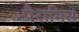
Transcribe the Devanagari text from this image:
पैरामिस